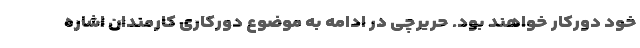
خود دورکار خواهند بود. حریرچی در ادامه به موضوع دورکاری کارمندان اشاره